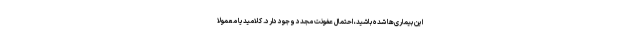
این بیماری‌ها شده باشید، احتمال عفونت مجدد وجود دارد. کلامیدیا معمولاً